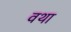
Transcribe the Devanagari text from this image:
वथा